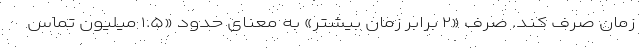
زمان صرف کند. صرف «۲ برابر زمان بیشتر» به معنای حدود «۱.۵ میلیون تماس